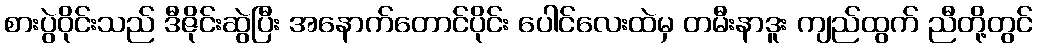
စားပွဲဝိုင်းသည် ဒီဇိုင်းဆွဲပြီး အနောက်တောင်ပိုင်း ပေါင်လေးထဲမှ တမီးနာဒူး ကျည်ထွက် ညီတို့တွင်